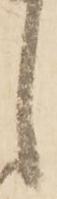
し